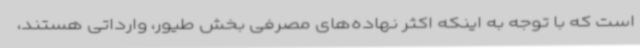
است که با توجه به اینکه اکثر نهاده‌های مصرفی بخش طیور، وارداتی هستند،